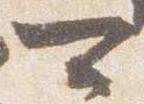
可